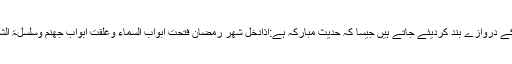
جہنم کے دروازے بند کردیئے جاتے ہیں جیسا کہ حدیث مبارکہ ہے:اذادخل شھر رمضان فتحت ابواب السماء وغلقت ابواب جھنم وسلسلۃ الشیاطین۔